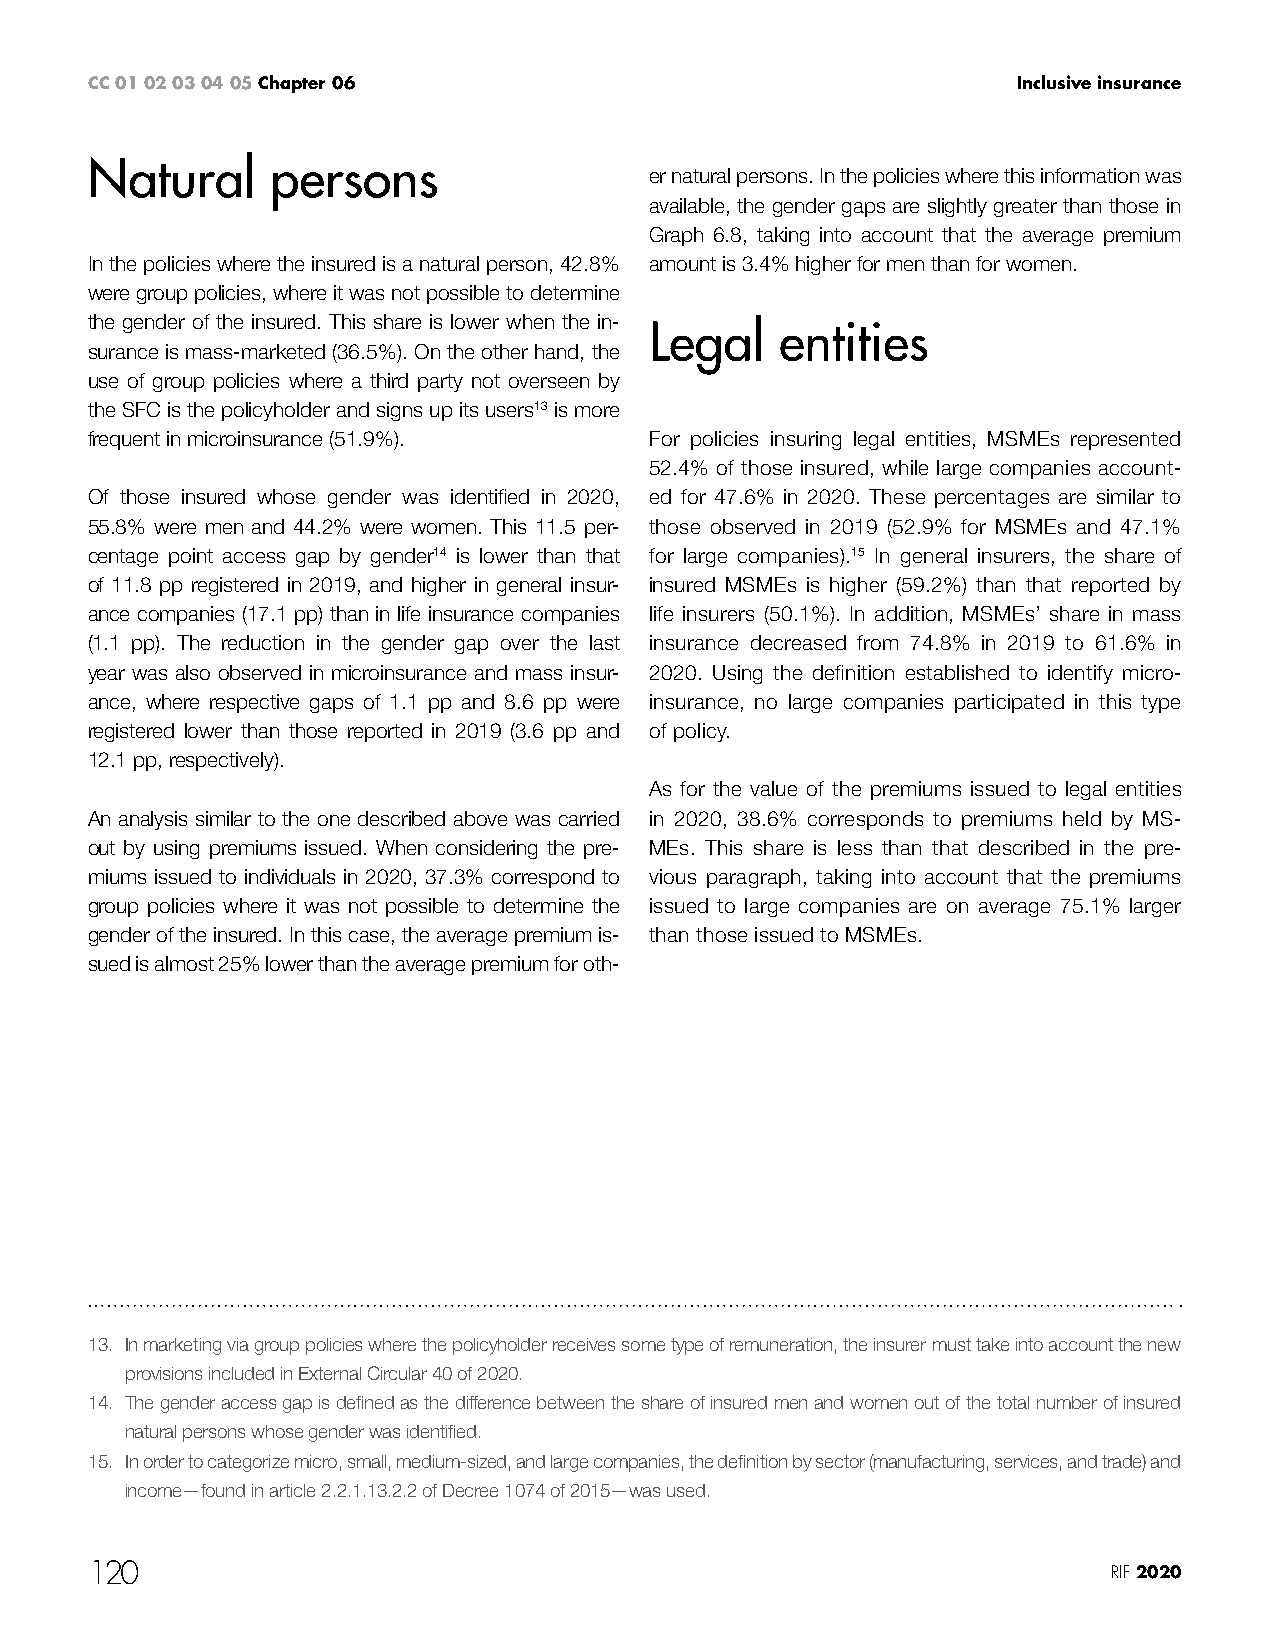
CC 01 02 03 04 05 Chapter 06                                 Inclusive insurance
 Natural     persons
 er natural persons. In the policies where this information was
 available, the gender gaps are slightly greater than those in
 Graph 6.8, taking into account that the average premium
 In the policies where the insured is a natural person, 42.8% amount is 3.4% higher for men than for women.
 were group policies, where it was not possible to determine
 the gender of the insured. This share is lower when the in-
 Legal    entities
 surance is mass-marketed (36.5%). On the other hand, the
 use of group policies where a third party not overseen by
 the SFC is the policyholder and signs up its users13 is more
 frequent in microinsurance (51.9%).  For policies insuring legal entities, MSMEs represented
 52.4% of those insured, while large companies account-
 Of those insured whose gender was identified in 2020, ed for 47.6% in 2020. These percentages are similar to
 55.8% were men and 44.2% were women. This 11.5 per- those observed in 2019 (52.9% for MSMEs and 47.1%
 centage point access gap by gender14 is lower than that for large companies).15 In general insurers, the share of
 of 11.8 pp registered in 2019, and higher in general insur- insured MSMEs is higher (59.2%) than that reported by
 ance companies (17.1 pp) than in life insurance companies life insurers (50.1%). In addition, MSMEs’ share in mass
 (1.1 pp). The reduction in the gender gap over the last insurance decreased from 74.8% in 2019 to 61.6% in
 year was also observed in microinsurance and mass insur- 2020. Using the definition established to identify micro-
 ance, where respective gaps of 1.1 pp and 8.6 pp were insurance, no large companies participated in this type
 registered lower than those reported in 2019 (3.6 pp and of policy.
 12.1 pp, respectively).
 As for the value of the premiums issued to legal entities
 An analysis similar to the one described above was carried in 2020, 38.6% corresponds to premiums held by MS-
 out by using premiums issued. When considering the pre- MEs. This share is less than that described in the pre-
 miums issued to individuals in 2020, 37.3% correspond to vious paragraph, taking into account that the premiums
 group policies where it was not possible to determine the issued to large companies are on average 75.1% larger
 gender of the insured. In this case, the average premium is- than those issued to MSMEs.
 sued is almost 25% lower than the average premium for oth-
 13. In marketing via group policies where the policyholder receives some type of remuneration, the insurer must take into account the new
 provisions included in External Circular 40 of 2020.
 14. The gender access gap is defined as the difference between the share of insured men and women out of the total number of insured
 natural persons whose gender was identified.
 15. In order to categorize micro, small, medium-sized, and large companies, the definition by sector (manufacturing, services, and trade) and
 income—found in article 2.2.1.13.2.2 of Decree 1074 of 2015—was used.
 120                                                                 RIF 2020